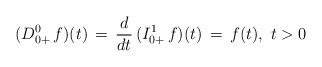
\begin{align*}(D^0_{0+}\, f)(t) \, = \,\frac{d}{dt}\, (I^{1}_{0+}\, f)(t)\, = \, f(t),\ t>0\end{align*}